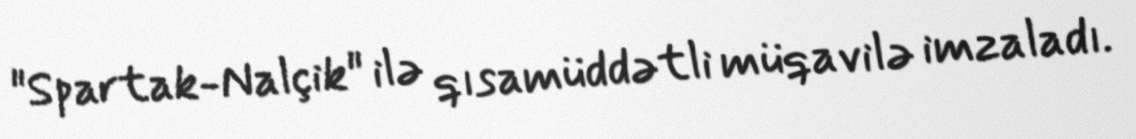
"Spartak-Nalçik" ilə qısamüddətli müqavilə imzaladı.